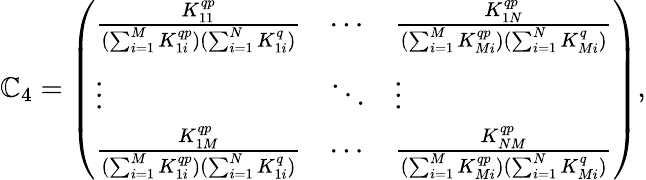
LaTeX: \mathbb{C}_{4}=\left(\begin{array}{lll}{\frac{K_{11}^{qp}}{(\sum_{i=1}^{M}K_{1i}^{qp})(\sum_{i=1}^{N}K_{1i}^{q})}}&{\cdots}&{\frac{K_{1N}^{qp}}{(\sum_{i=1}^{M}K_{Mi}^{qp})(\sum_{i=1}^{N}K_{Mi}^{q})}}\\ {\vdots}&{\ddots}&{\vdots}\\ {\frac{K_{1M}^{qp}}{(\sum_{i=1}^{M}K_{1i}^{qp})(\sum_{i=1}^{N}K_{1i}^{q})}}&{\cdots}&{\frac{K_{NM}^{qp}}{(\sum_{i=1}^{M}K_{Mi}^{qp})(\sum_{i=1}^{N}K_{Mi}^{q})}}\end{array}\right),